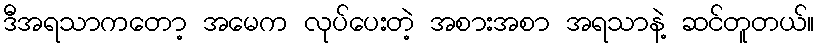
ဒီအရသာကတော့ အမေက လုပ်ပေးတဲ့ အစားအစာ အရသာနဲ့ ဆင်တူတယ်။